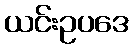
ယင်းဥပဒေ